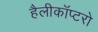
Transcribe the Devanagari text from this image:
हैलीकॉप्टरो